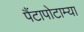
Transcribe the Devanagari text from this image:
पैंटापोटाम्या